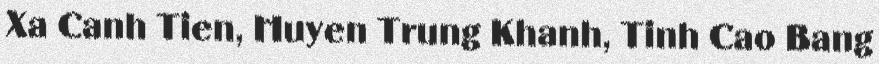
Xa Canh Tien, Huyen Trung Khanh, Tinh Cao Bang